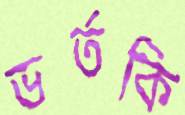
ভর্তকি